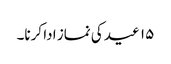
۱۵ عید کی نماز ادا کرنا۔